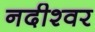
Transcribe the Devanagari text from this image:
नदीश्वर